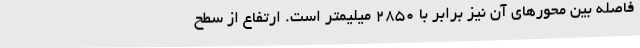
فاصله بین محورهای آن نیز برابر با 2850 میلیمتر است. ارتفاع از سطح